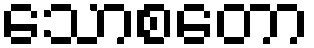
သောစတော